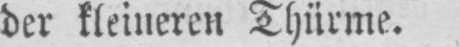
der kleineren Thürme.